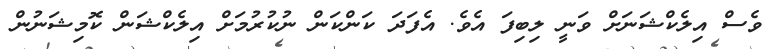
ވެސް އިލެކްޝަނަށް ވަނީ ލިބިފަ އެވެ. އެފަދަ ކަންކަން ނުކުރުމަށް އިލެކްޝަން ކޮމިޝަނުން